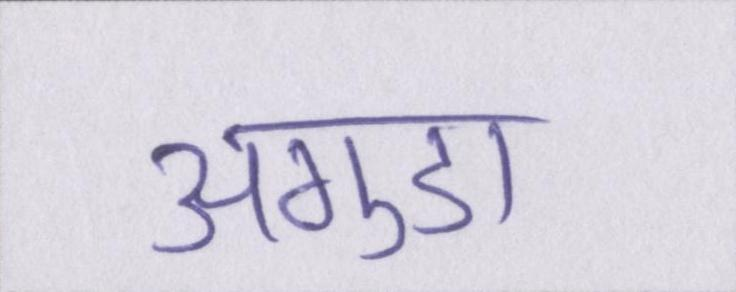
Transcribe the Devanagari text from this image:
अगुडा